65_HS1-101634279_100-DE-26505
Agency: FBI
Incident date: 11/7/57
Incident location: Germany
Page 2
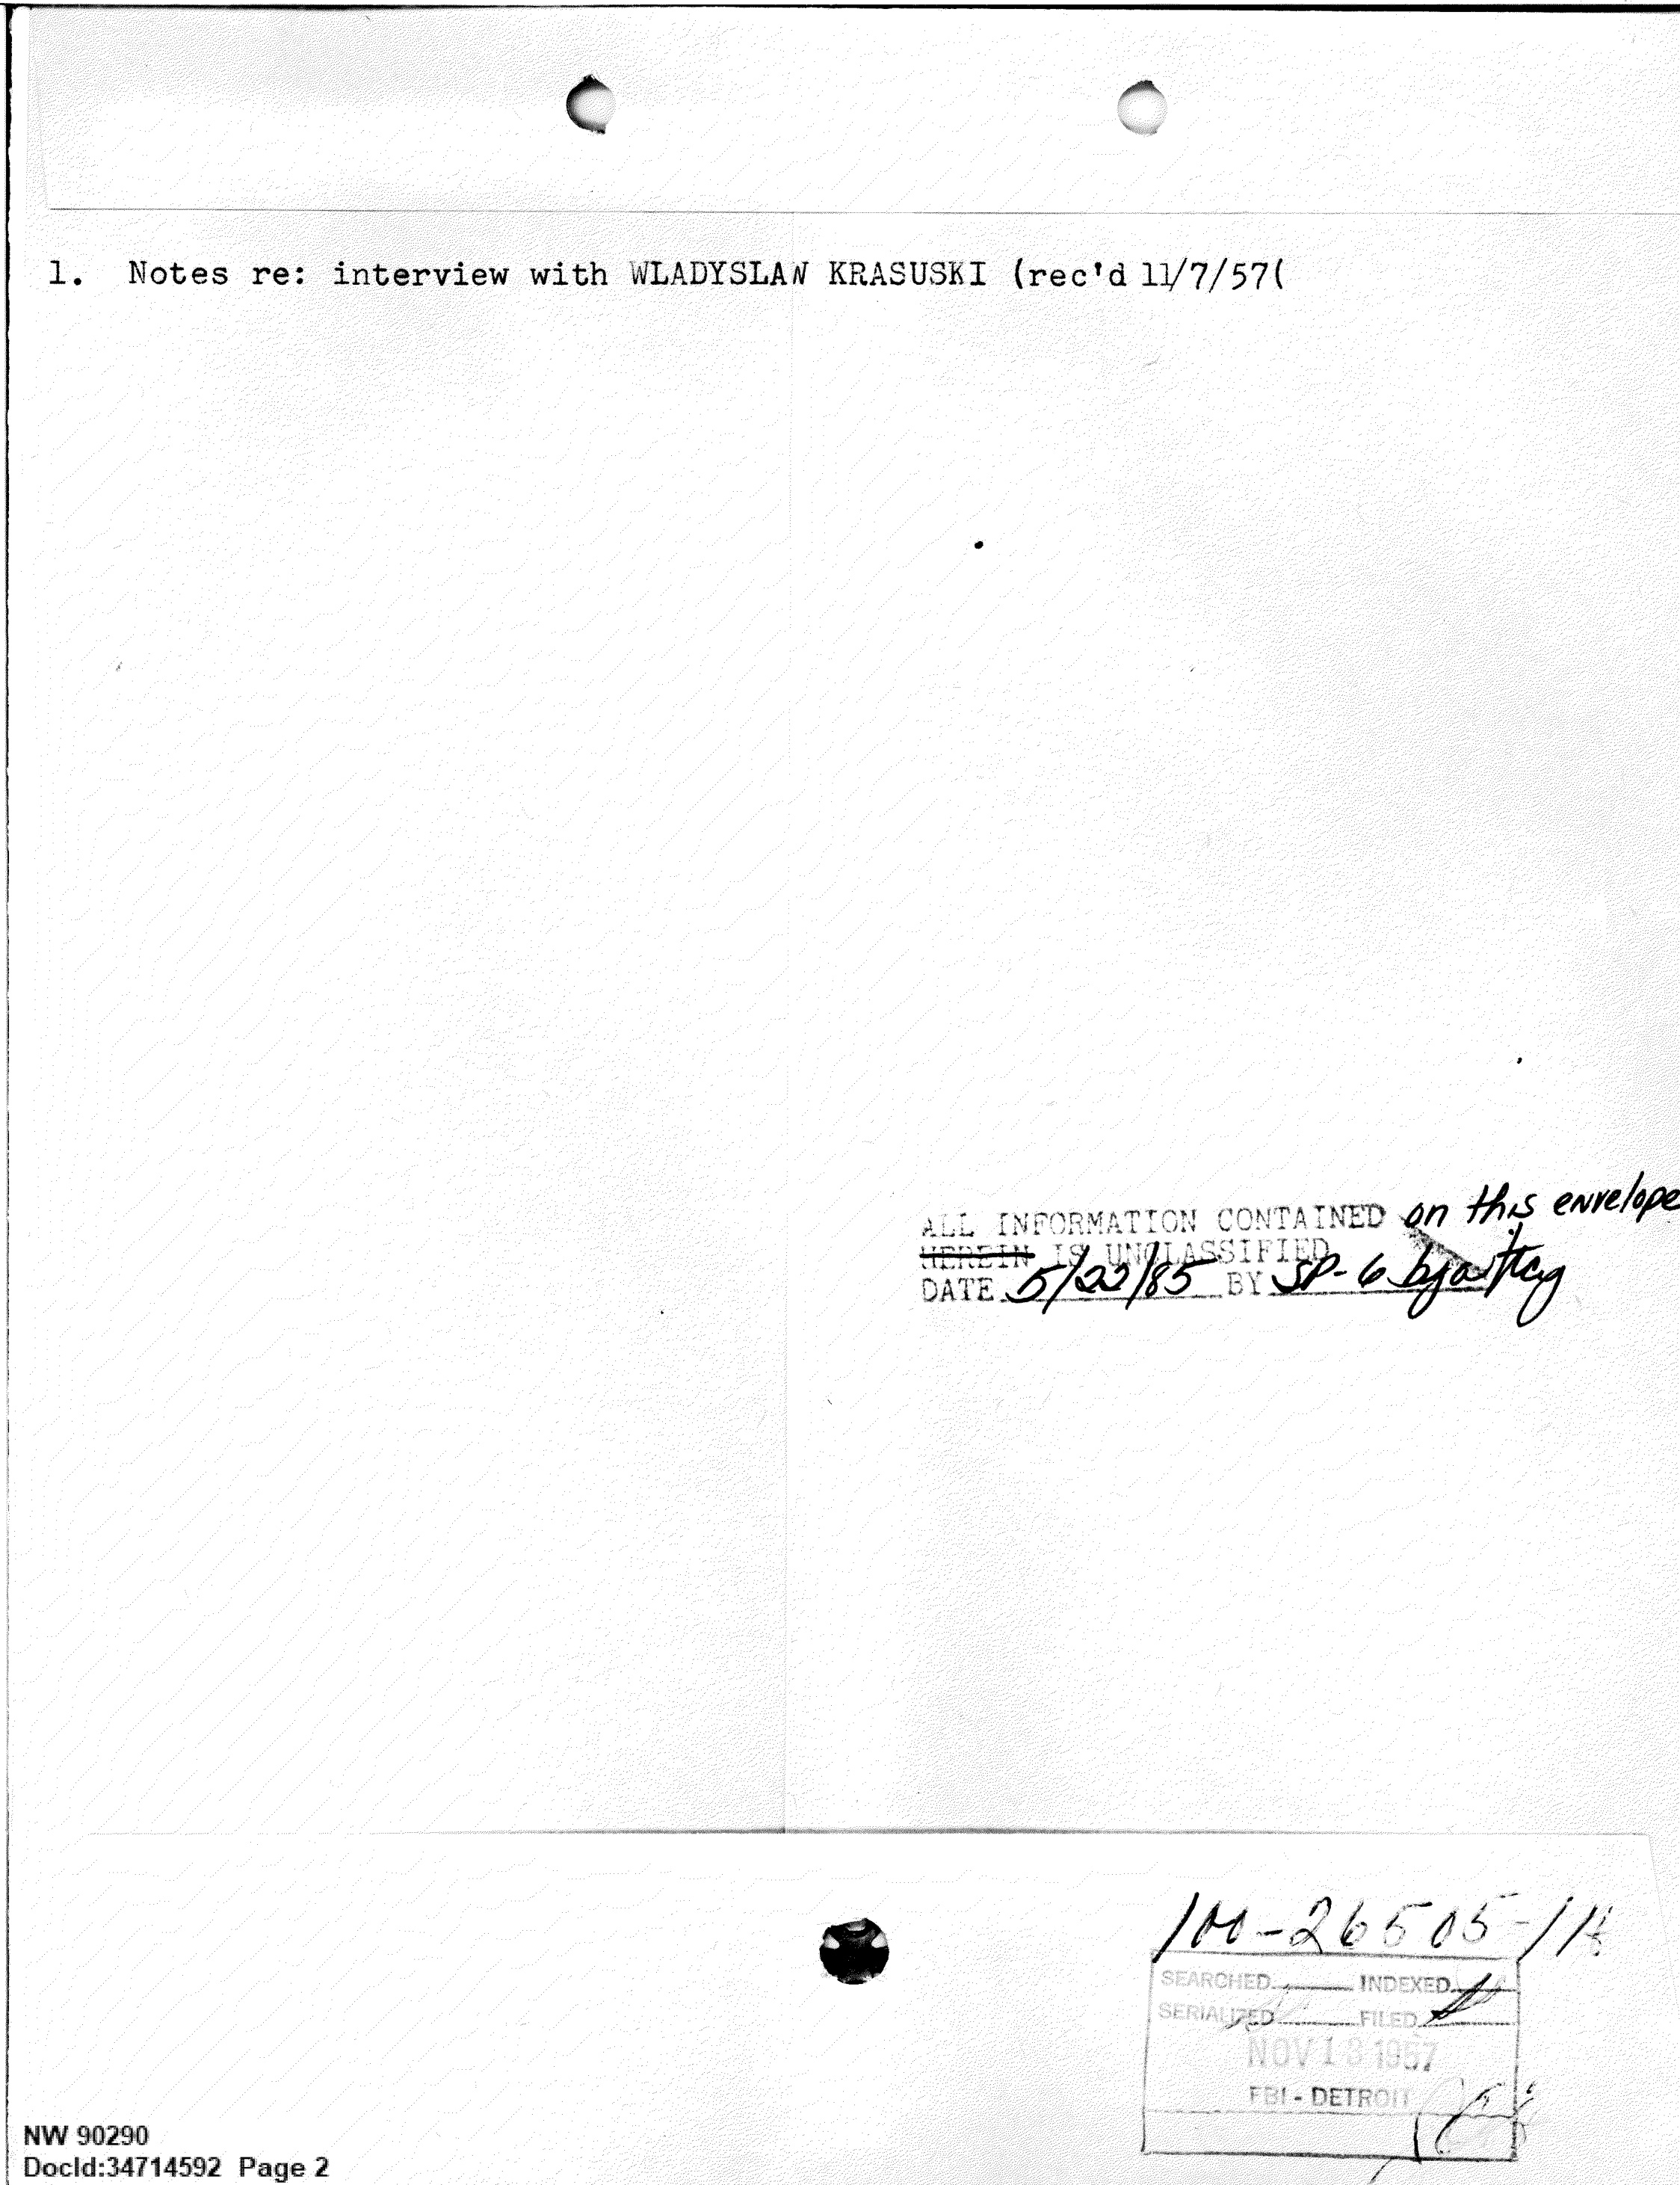